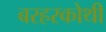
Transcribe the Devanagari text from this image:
बरहरकोथी